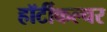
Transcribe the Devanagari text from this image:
हॉर्टीकल्चर